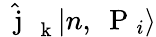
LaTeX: \hat{\mathrm{~\mathbf~j~}}_{\mathrm{~\mathbf~k~}}|n,\mathrm{~\mathbf~P~}_{i}\rangle